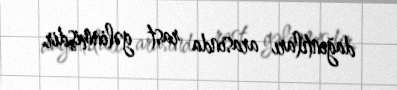
dağıntıları arasında rast gəlinmişdir.